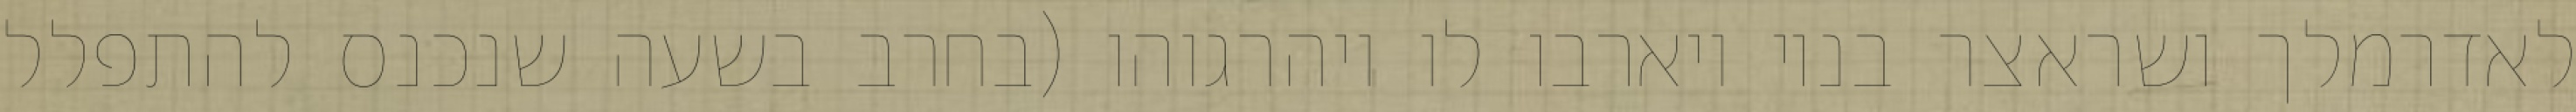
לאדרמלך ושראצר בניו ויארבו לו ויהרגוהו (בחרב בשעה שנכנס להתפלל